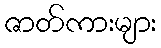
ဇာတ်ကားများ